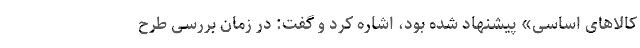
کالاهای اساسی» پیشنهاد شده بود، اشاره کرد و گفت: در زمان بررسی طرح